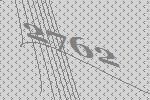
2762